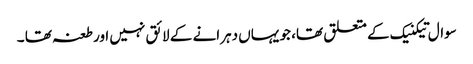
سوال تیکنیک کے متعلق تھا، جو یہاں دہرانے کے لائق نہیں اور طعنہ تھا ۔